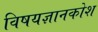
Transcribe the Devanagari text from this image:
विषयज्ञानकोश